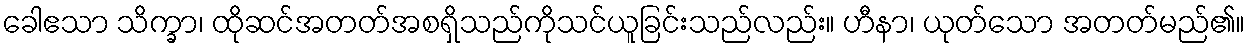
ခေါဧသာ သိက္ခာ၊ ထိုဆင်အတတ်အစရှိသည်ကိုသင်ယူခြင်းသည်လည်း။ ဟီနာ၊ ယုတ်သော အတတ်မည်၏။